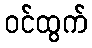
ဝင်ထွက်